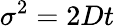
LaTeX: \sigma^{2}=2Dt